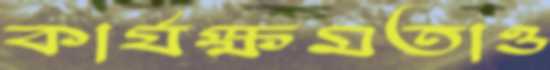
কার্যক্ষমতাও